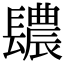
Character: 𨲳